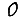
Digit: 0